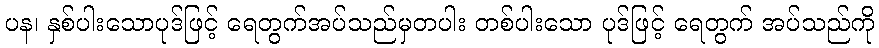
ပန၊ နှစ်ပါးသောပုဒ်ဖြင့် ရေတွက်အပ်သည်မှတပါး တစ်ပါးသော ပုဒ်ဖြင့် ရေတွက် အပ်သည်ကို